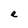
Character: e